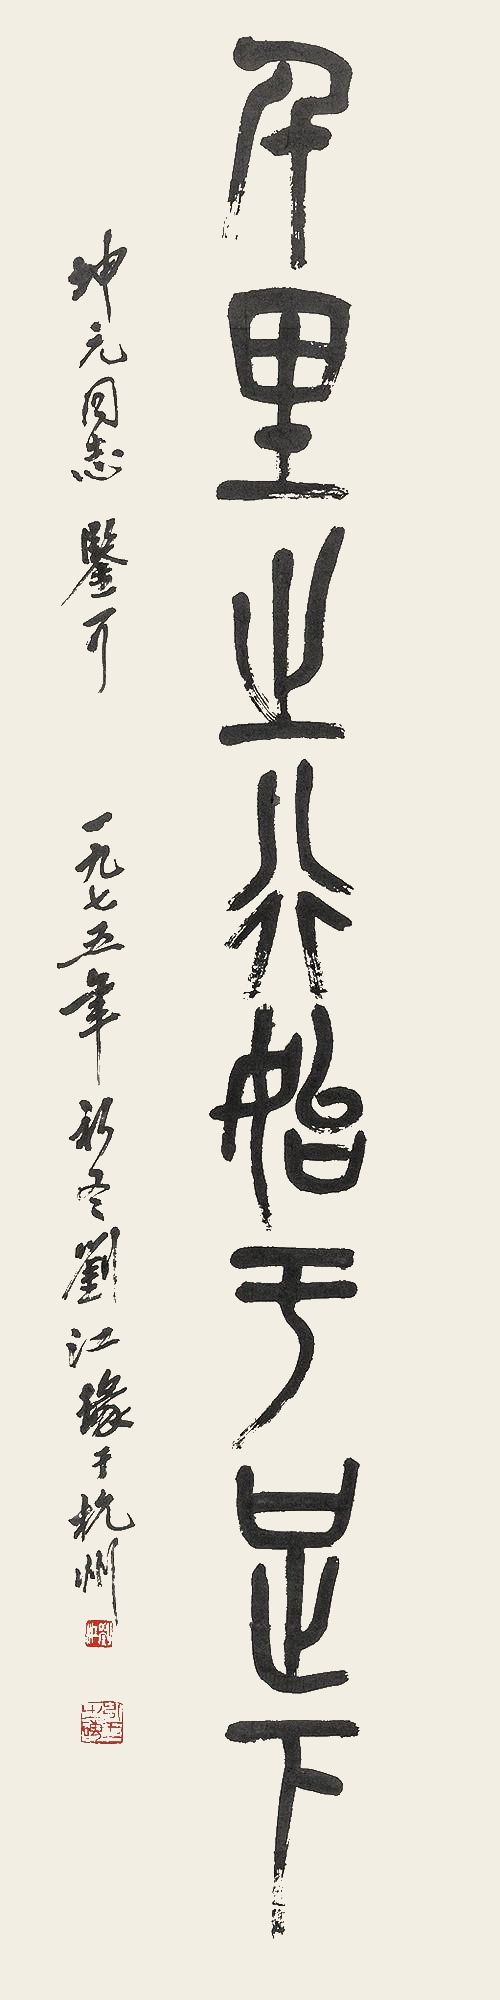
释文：千里之行始于足下坤元同志鉴可。一九七五年初冬，刘江篆于杭州。